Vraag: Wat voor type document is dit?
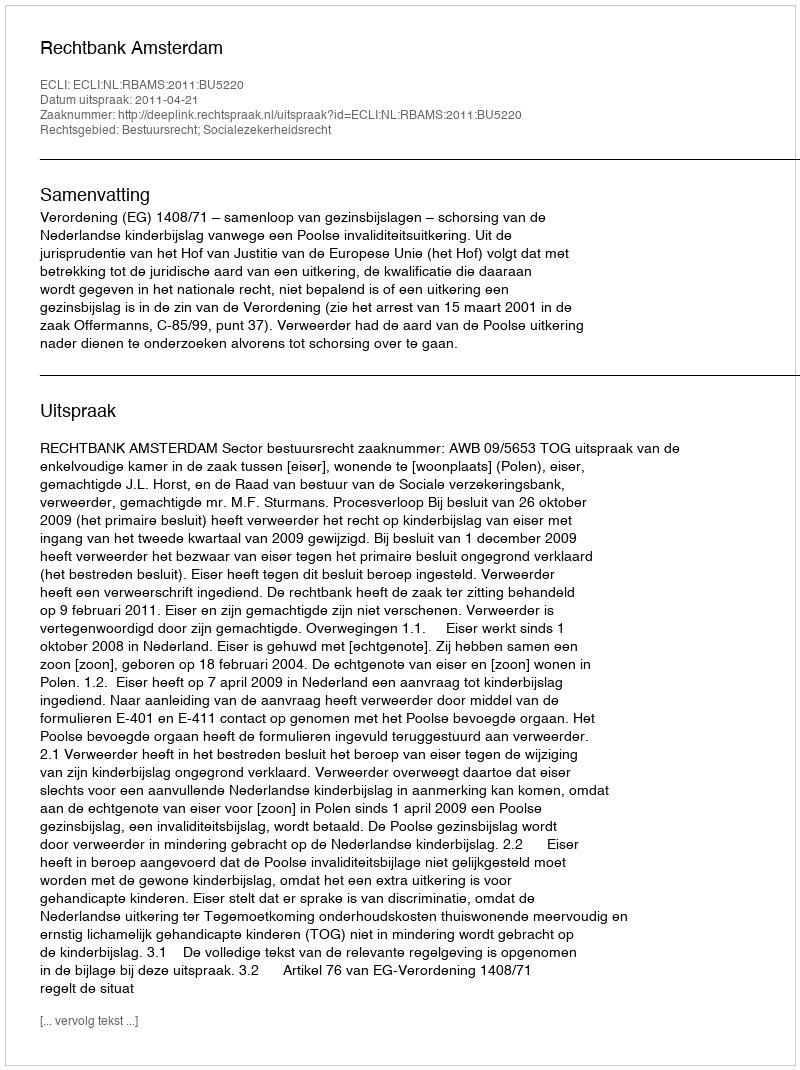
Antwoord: Uitspraak